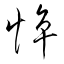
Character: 悴